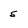
Character: s